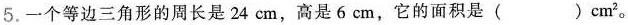
5.一个等边三角形的周长是24cm，高是6cm，它的面积是( )cm^{2}。